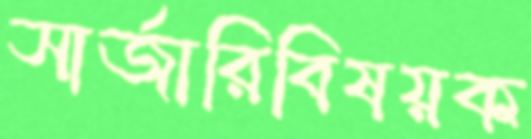
সার্জারিবিষয়ক